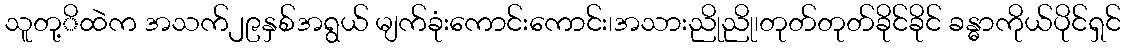
သူတု့ိထဲက အသက်၂၉နှစ်အရွယ် မျက်ခုံးကောင်းကောင်း၊အသားညိုညို၊တုတ်တုတ်ခိုင်ခိုင် ခန္ဓာကိုယ်ပိုင်ရှင်